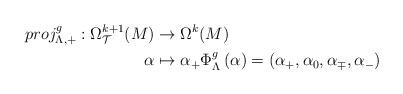
LaTeX: \begin{align*}proj^g_{\Lambda,+}: \Omega_{\mathcal{T}}^{k+1}(M) &\rightarrow \Omega^k(M) \\\alpha & \mapsto \alpha_+ \Phi_{\Lambda}^g\left( \alpha \right) = (\alpha_+ , \alpha_0 , \alpha_{\mp}, \alpha_-)\end{align*}